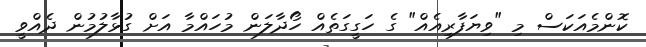
ކޮންމެއަކަސް މި "ވިޔަފާރިއެއް" ގެ ހަގީގަތެއް ހޯދާލަން މުހައްމާ އަށް ގުޅާލުމުން ދެއްވީ